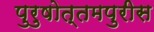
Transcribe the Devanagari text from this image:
पुरुषोत्तमपुरीस